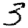
Digit: 3